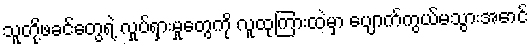
သူတို့ဖခင်တွေရဲ့ လှုပ်ရှားမှုတွေကို လူထုကြားထဲမှာ ပျောက်ကွယ်မသွားအောင်